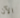
الآن